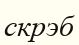
скрэб